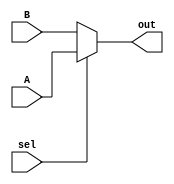
`timescale 1ns / 1ps
//////////////////////////////////////////////////////////////////////////////////
// Company: 
// Engineer: 
// 
// Design Name: 
// Module Name: display_mux
// Project Name: 
// Target Devices: 
// Tool Versions: 
// Description: 
// 
// Dependencies: 
// 
// Revision:
// Revision 0.01 - File Created
// Additional Comments:
// 
//////////////////////////////////////////////////////////////////////////////////


module mux #(parameter size = 16) ( // Parameters are set like this, the default size here is 16
    input sel,      // Our select switch, we can use this to select which output we want to display
    input [size-1:0] A, // Our first input, we can assign this to the flash led output
    input [size-1:0] B, // Our second input, we can assign this to the shift led output
    output [size-1:0] out    // Our seleced output
    );

    // MUXs can be synthesized using multiple methods, this is the most compact way to create a 2 to 1 MUX
    assign out = sel ? A : B; // condition ? if true : if false

endmodule